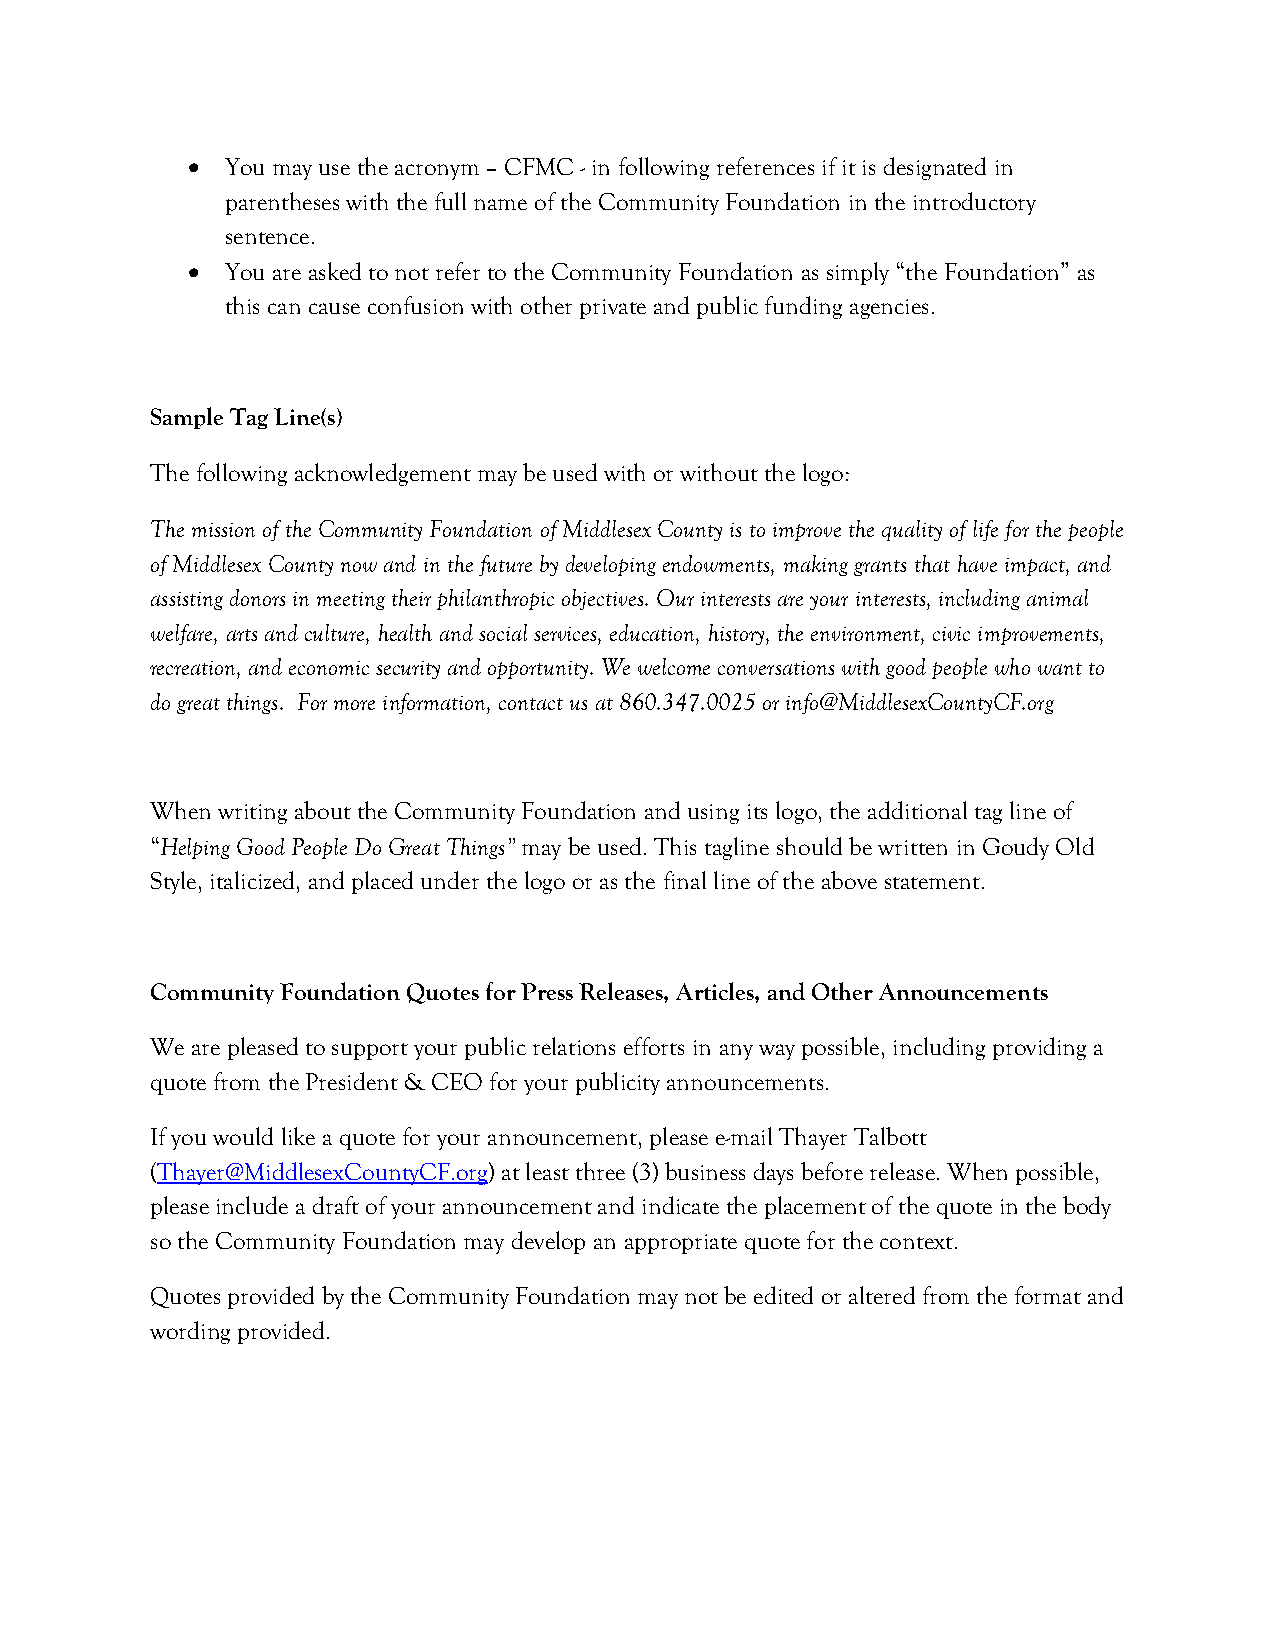
•  You may use the acronym – CFMC - in following references if it is designated in
 parentheses with the full name of the Community Foundation in the introductory
 sentence.
 •  You are asked to not refer to the Community Foundation as simply “the Foundation” as
 this can cause confusion with other private and public funding agencies.
 Sample Tag Line(s)
 The following acknowledgement may be used with or without the logo:
 The mission of the Community Foundation of Middlesex County is to improve the quality of life for the people
 of Middlesex County now and in the future by developing endowments, making grants that have impact, and
 assisting donors in meeting their philanthropic objectives. Our interests are your interests, including animal
 welfare, arts and culture, health and social services, education, history, the environment, civic improvements,
 recreation, and economic security and opportunity. We welcome conversations with good people who want to
 do great things. For more information, contact us at 860.347.0025 or info@MiddlesexCountyCF.org
 When writing about the Community Foundation and using its logo, the additional tag line of
 “Helping Good People Do Great Things” may be used. This tagline should be written in Goudy Old
 Style, italicized, and placed under the logo or as the final line of the above statement.
 Community Foundation Quotes for Press Releases, Articles, and Other Announcements
 We are pleased to support your public relations efforts in any way possible, including providing a
 quote from the President & CEO for your publicity announcements.
 If you would like a quote for your announcement, please e-mail Thayer Talbott
 (Thayer@MiddlesexCountyCF.org) at least three (3) business days before release. When possible,
 please include a draft of your announcement and indicate the placement of the quote in the body
 so the Community Foundation may develop an appropriate quote for the context.
 Quotes provided by the Community Foundation may not be edited or altered from the format and
 wording provided.